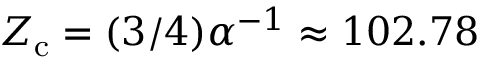
Z _ { \mathrm { c } } = ( 3 / 4 ) \alpha ^ { - 1 } \approx 1 0 2 . 7 8